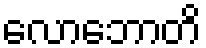
လောဘောတိ